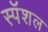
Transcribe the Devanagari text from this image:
स्पॅशल